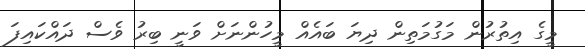
މީގެ އިތުރުން މަގުމަތިން ދިޔަ ބައެއް މީހުންނަށް ވަނީ ބިރު ވެސް ދައްކައިފަ